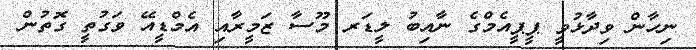
ނިހާން ވިދާޅުވީ ޕީޕީއެމްގެ ނާއިބު ލީޑަރ މޫސާ ޒަމީރާއި އެމްޑީއޭ ވަގުތީ ގޮތުން